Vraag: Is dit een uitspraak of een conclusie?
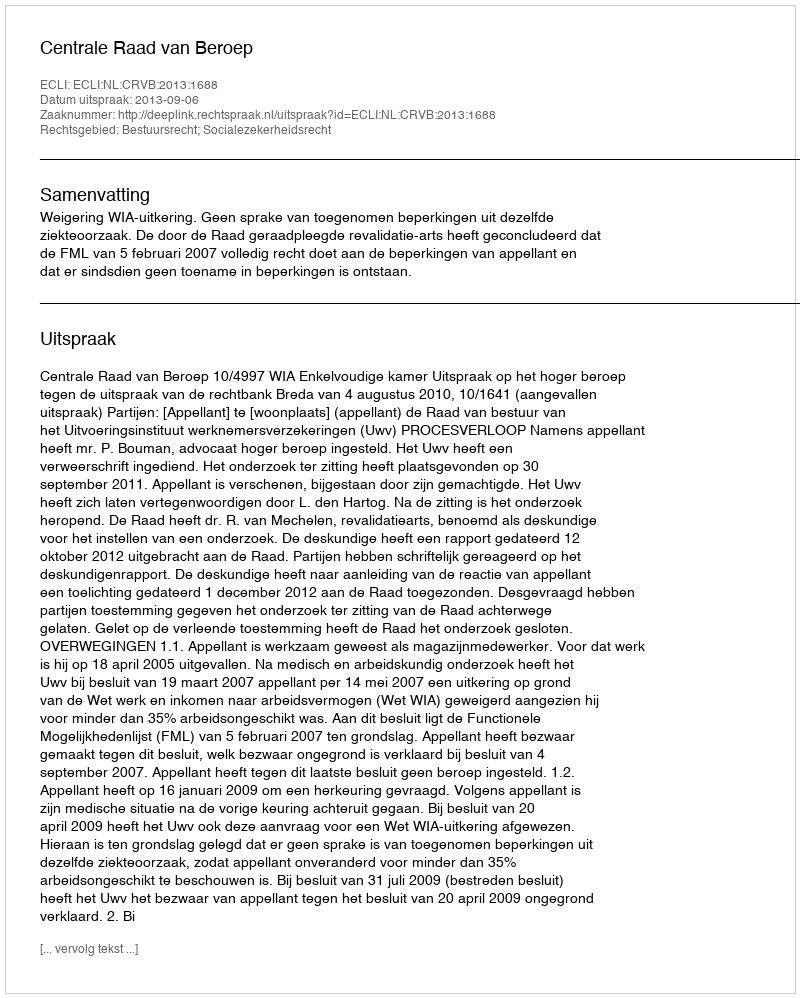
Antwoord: Uitspraak